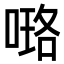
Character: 𠻐